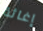
إغاثة